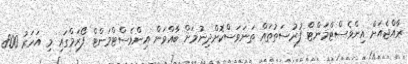
ރާއްޖެއަށް އިންވެސްޓްމަންޓް ފުރުސަތުތައް ތަނަވަސްކޮށްދިނުމަށް ބާއްވަން އިންވެސްޓްމަންޓް ފޯރަމްގައި މި އަހަރު 800